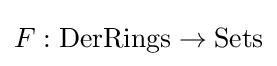
F:{\text{DerRings}}\to {\text{Sets}}